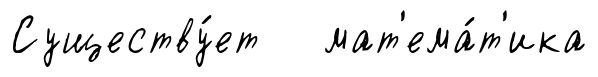
Существу́ет мат'ема́т'ика